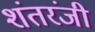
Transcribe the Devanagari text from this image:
शंतरंजी